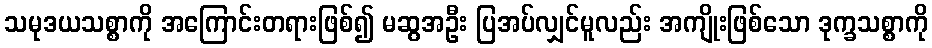
သမုဒယသစ္စာကို အကြောင်းတရားဖြစ်၍ မဆွအဦး ပြအပ်လျှင်မူလည်း အကျိုးဖြစ်သော ဒုက္ခသစ္စာကို